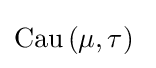
\mathrm {Cau} \left(\mu ,\tau \right)~